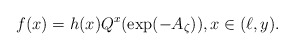
\begin{align*}f(x)=h(x)Q^x(\exp(-A_{\zeta})), x \in (\ell,y).\end{align*}